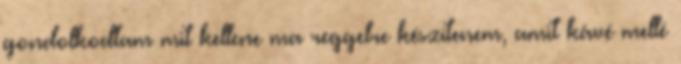
gondolkodtam mit kellene ma reggelre készítenem, amit kávé mellé